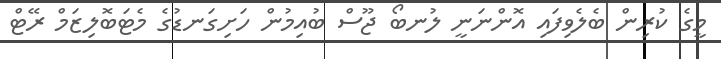
މީގެ ކުރިން ބެލެވިފައި އޮންނަނީ ލުނބޯ ޖޫސް ބުއިމުން ހަށިގަނޑުގެ މެޓަބޮލިޒަމް ރޭޓް